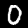
Digit: 0